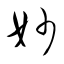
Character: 妙